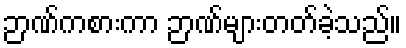
ဉာဏ်ကစားကာ ဉာဏ်များတတ်ခဲ့သည်။